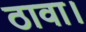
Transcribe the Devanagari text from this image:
ठावा।